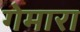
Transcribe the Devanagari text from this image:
गेमारा